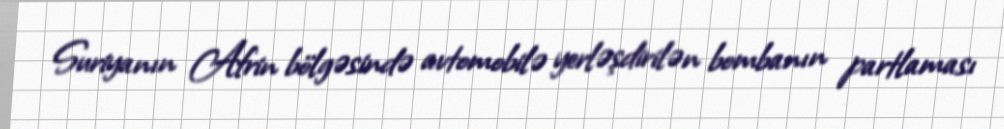
Suriyanın Afrin bölgəsində avtomobilə yerləşdirilən bombanın partlaması